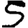
Digit: 5